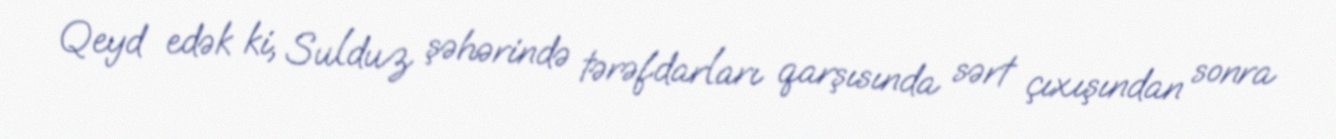
Qeyd edək ki, Sulduz şəhərində tərəfdarları qarşısında sərt çıxışından sonra